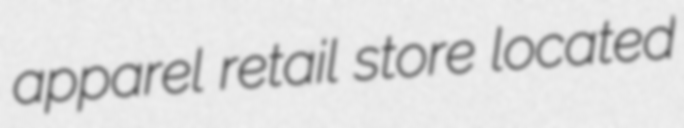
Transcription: apparel retail store located